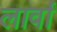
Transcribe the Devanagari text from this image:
लार्वां